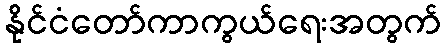
နိုင်ငံတော်ကာကွယ်ရေးအတွက်